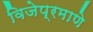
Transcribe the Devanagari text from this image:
विजेप्रमाणे